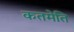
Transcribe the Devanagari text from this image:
कतमेति